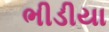
ભીડીયા